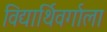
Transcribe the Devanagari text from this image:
विद्यार्थिवर्गाला